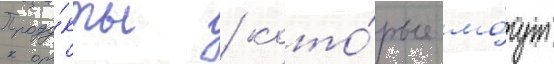
Проду́кты / кото́рые мо́гут